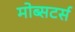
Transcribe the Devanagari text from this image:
मोब्सटर्स